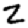
Digit: 2